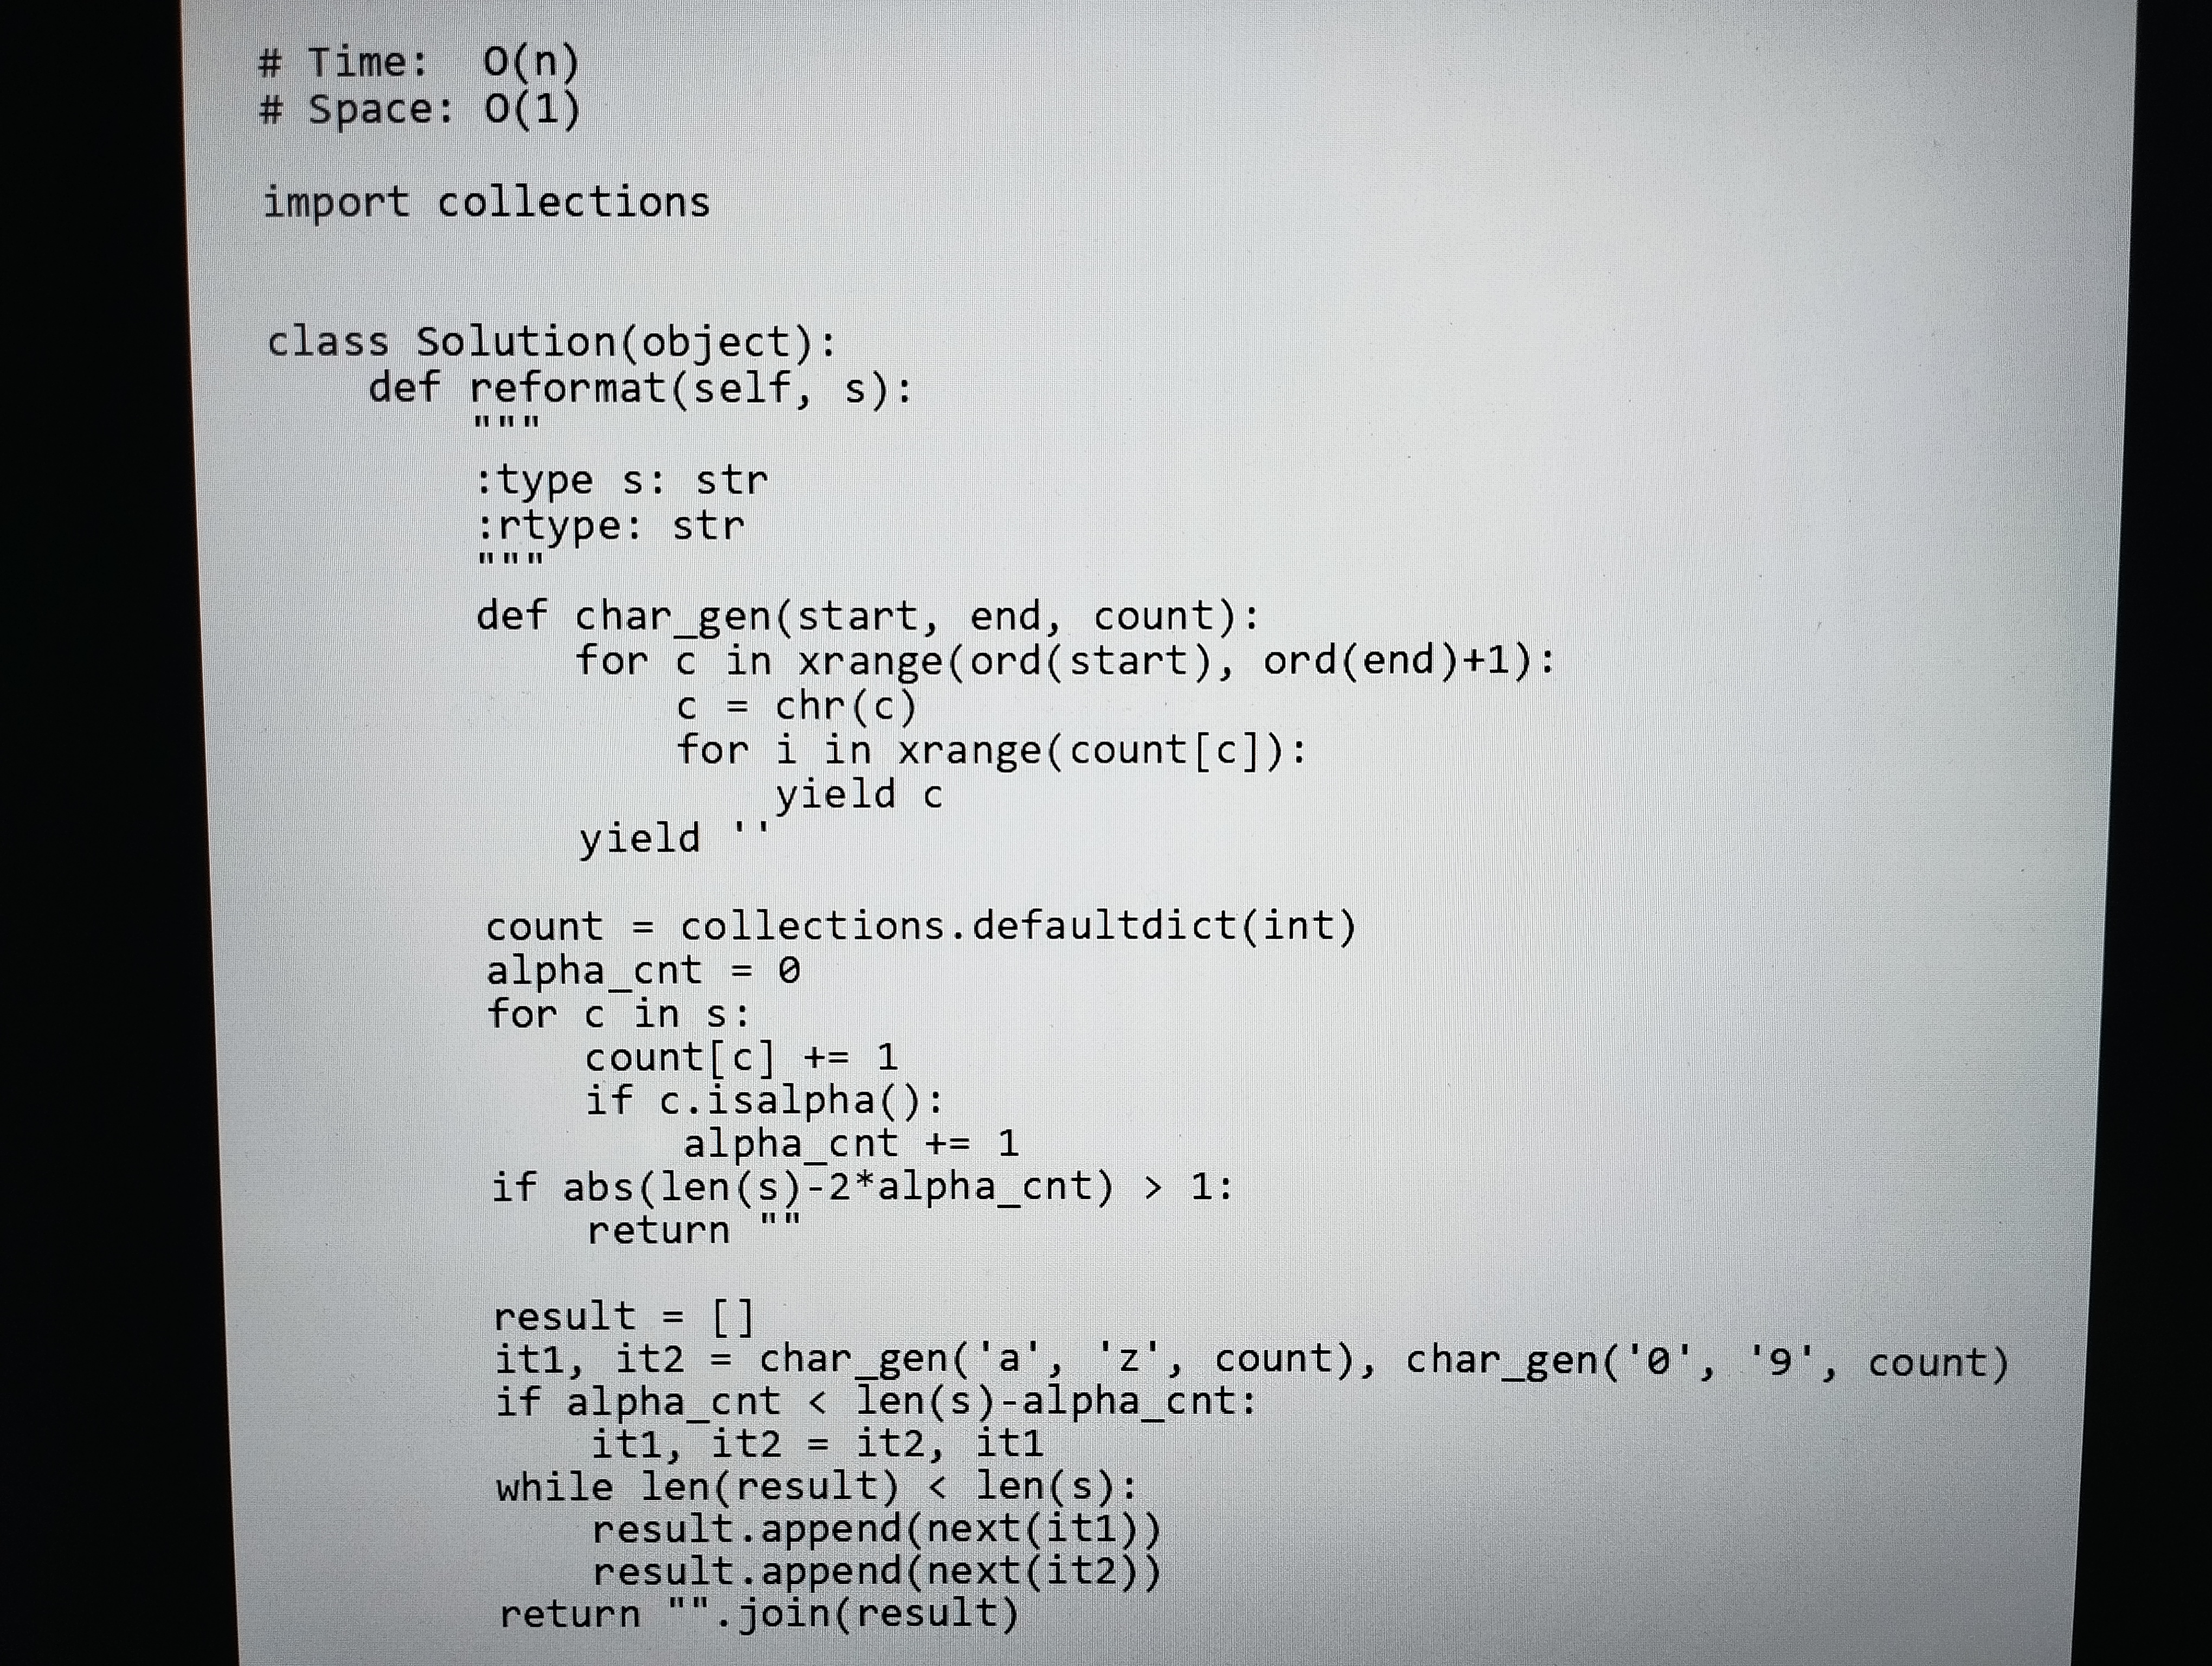
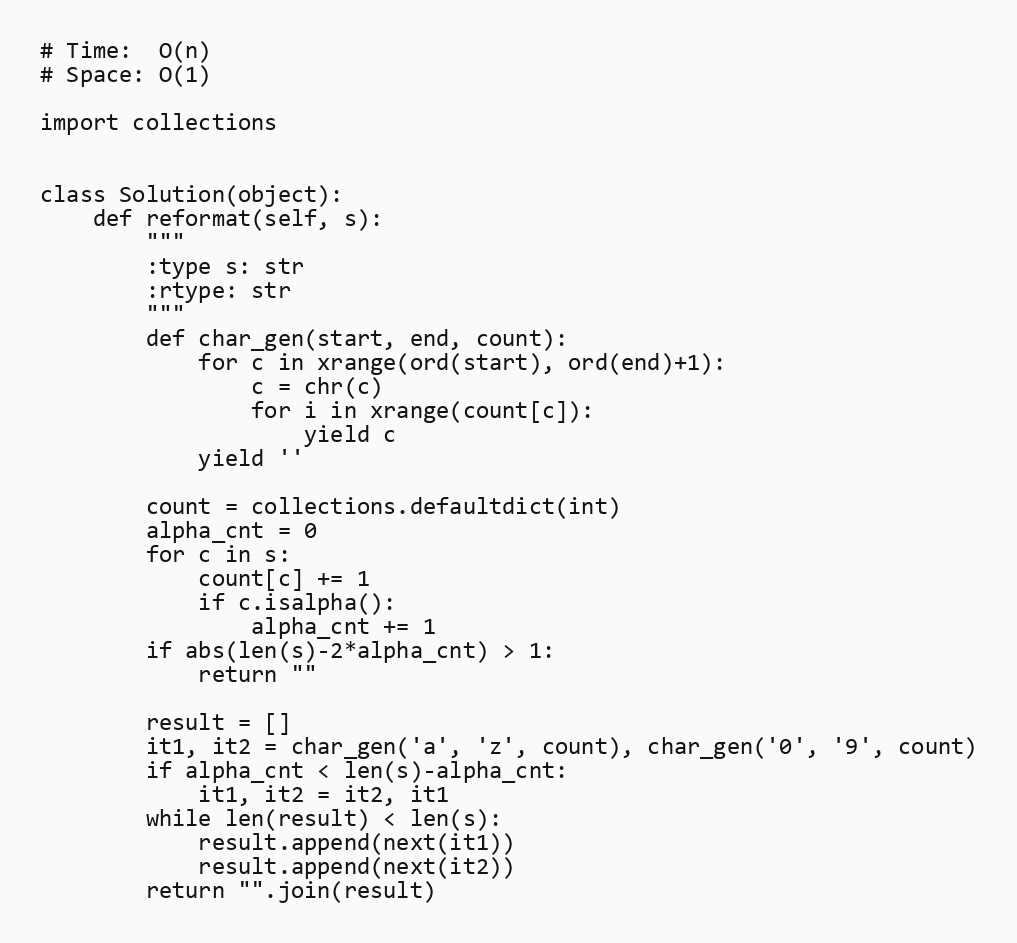
# Time:  O(n)
# Space: O(1)

import collections

class Solution(object):
    def reformat(self, s):
        """
        :type s: str
        :rtype: str
        """
        def char_gen(start, end, count):
            for c in xrange(ord(start), ord(end)+1):
                c = chr(c)
                for i in xrange(count[c]):
                    yield c
            yield ''

        count = collections.defaultdict(int)
        alpha_cnt = 0
        for c in s:
            count[c] += 1
            if c.isalpha():
                alpha_cnt += 1
        if abs(len(s)-2*alpha_cnt) > 1:
            return ""

        result = []
        it1, it2 = char_gen('a', 'z', count), char_gen('0', '9', count)
        if alpha_cnt < len(s)-alpha_cnt:
            it1, it2 = it2, it1
        while len(result) < len(s):
            result.append(next(it1))
            result.append(next(it2))
        return "".join(result)